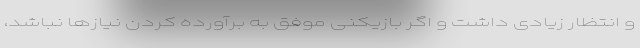
و انتظار زیادی داشت و اگر بازیکنی موفق به برآورده کردن نیازها نباشد،